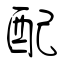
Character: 配